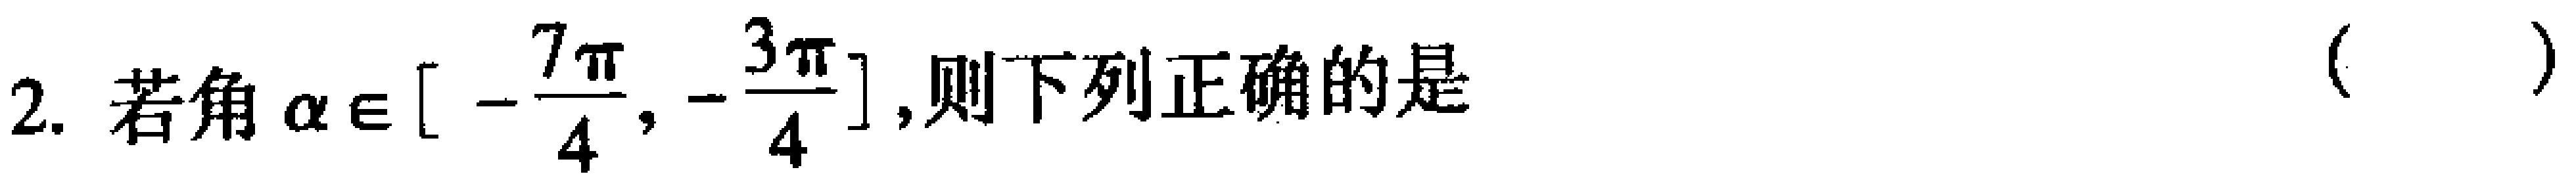
2. 若角\(\alpha \in [ -\frac{7\pi}{4}, -\frac{3\pi}{4}]\),则下列正确的是 （  ）